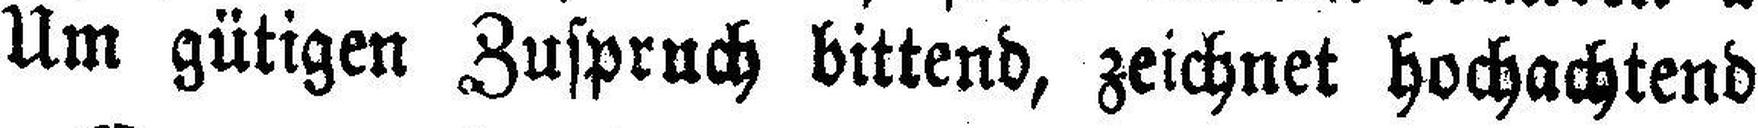
Um gütigen Zuspruch bittend, zeichnet hochachtend